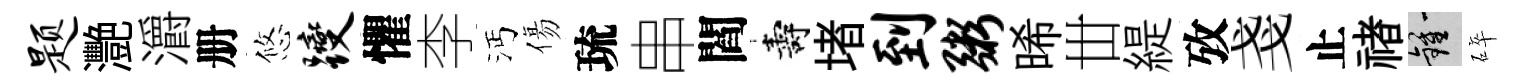
题灧灂册悠躞懼李沔傷琉串閻壽堵到粥晞丗緹攷戔止禇鍾碎